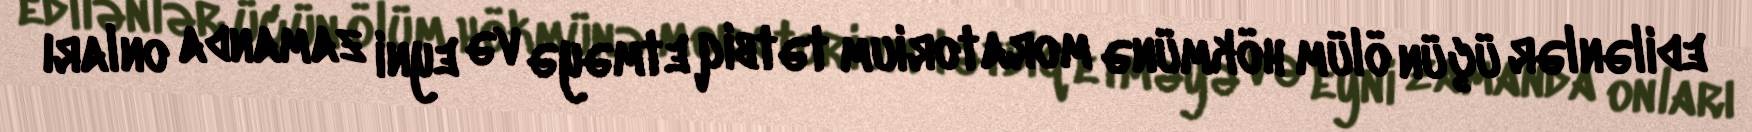
edilənlər üçün ölüm hökmünə moratorium tətbiq etməyə və eyni zamanda onları